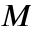
M